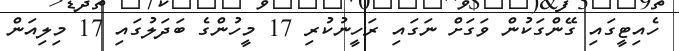
ހެއިޓީގައި ގޭންގަކުން ވަގަށް ނަގައި ރަހީނުކުރި 17 މީހުންގެ ބަދަލުގައި 17 މިލިއަން